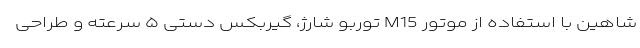
شاهين با استفاده از موتور M15 توربو شارژ، گیربكس دستی ۵ سرعته و طراحی